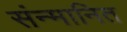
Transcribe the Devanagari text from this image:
संन्मानित